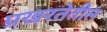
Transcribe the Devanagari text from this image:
प्रखरतेतील